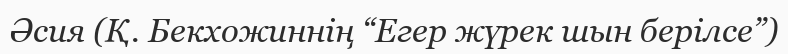
Әсия (Қ. Бекхожиннің “Егер жүрек шын берілсе”)